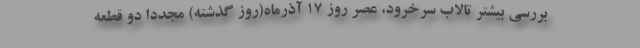
بررسی بیشتر تالاب سرخرود، عصر روز ۱۷ آذرماه(روز گذشته) مجدداً دو قطعه